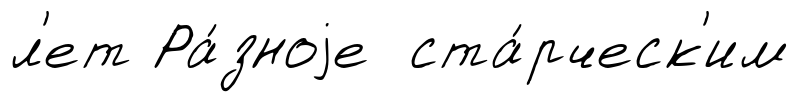
л'ет Ра́зноjе ста́рческ'им